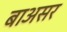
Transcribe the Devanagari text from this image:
बाअसर